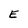
Character: E